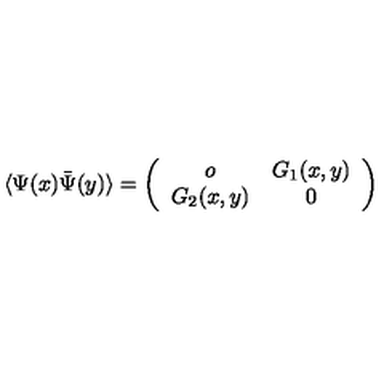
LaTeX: \langle \Psi ( x ) \bar { \Psi } ( y ) \rangle = \left( \begin{array} { c c } { o } & { G _ { 1 } ( x , y ) \nonumber } \\ { G _ { 2 } ( x , y ) } & { 0 } \\ \end{array} \right)